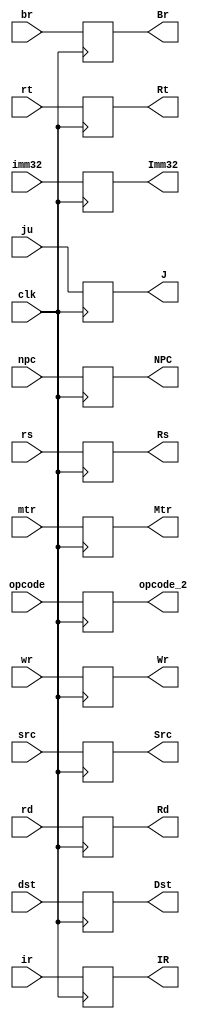
`timescale 1ns / 1ps


module RegID(
    input clk,
    input [31:0]npc,
    input [31:0]rs,
    input [31:0]rt,
    input [31:0]imm32,
    input [31:0]ir,
    input ju,dst,br,mtr,rd,wr,src,
    input [5:0]opcode,
    output [31:0]NPC,
    output [31:0]Rs,
    output [31:0]Rt,
    output [31:0]Imm32,
    output [31:0]IR,
    output J,Dst,Br,Mtr,Rd,Wr,Src,
    output [5:0]opcode_2
    );
    reg [31:0]e;
    reg [31:0]a;
    reg [31:0]b;
    reg [31:0]c;
    reg [31:0]d;
    reg f,g,h,i,j,k,l;
    reg [5:0]m;
    always@(posedge clk)begin
        e<=npc;
        a<=rs;
        b<=rt;
        c<=imm32;
        d<=ir;
        f<=ju;l<=dst;g<=br;h<=mtr;i<=rd;j<=wr;k<=src;
        m<=opcode;
    end
    assign Dst=l;
    assign J=f;
    assign Br=g;
    assign Mtr=h;
    assign Rd=i;
    assign Wr=j;
    assign Src=k;
    assign NPC=e;
    assign Rs=a;
    assign Rt=b;
    assign Imm32=c;
    assign IR=d;
    assign opcode_2=m;
endmodule